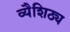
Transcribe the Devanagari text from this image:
व्यैशिठ्य